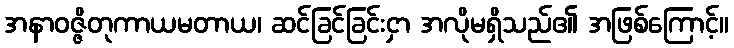
အနာဝဇ္ဇိတုကာယမတာယ၊ ဆင်ခြင်ခြင်းငှာ အလိုမရှိသည်၏ အဖြစ်ကြောင့်။